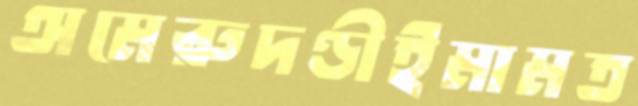
অমেরুদণ্ডীইমামত